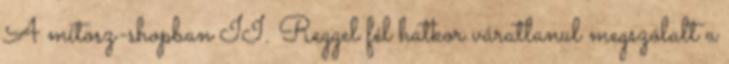
A mítosz-shopban II. Reggel fél hatkor váratlanul megszólalt a